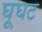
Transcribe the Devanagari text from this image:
घूघट